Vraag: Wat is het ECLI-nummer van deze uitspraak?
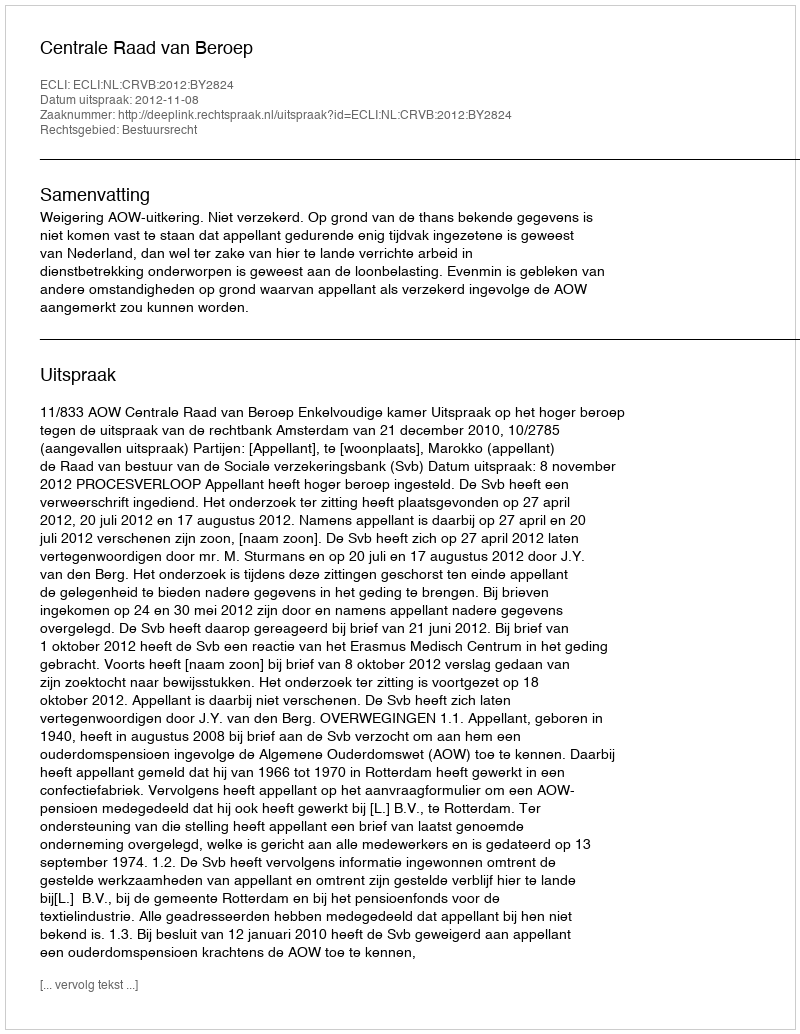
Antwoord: ECLI:NL:CRVB:2012:BY2824